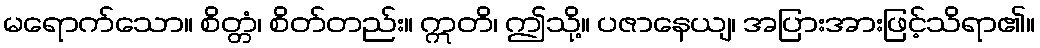
မရောက်သော။ စိတ္တံ၊ စိတ်တည်း။ ဣတိ၊ ဤသို့။ ပဇာနေယျ၊ အပြားအားဖြင့်သိရာ၏။